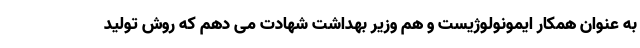
به عنوان همکار ایمونولوژیست و هم وزیر بهداشت شهادت می دهم که روش تولید